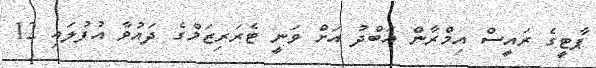
ޕާޓީގެ ރައީސް އިމްރާން އަބްދު އަށް ވަނީ ޓެރަރިޒަމްގެ ދައުވާ އުފުލައި 12